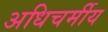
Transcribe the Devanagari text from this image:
अधिचर्मीय